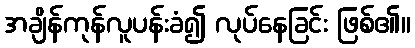
အချိန်ကုန်လူပန်းခံ၍ လုပ်နေခြင်း ဖြစ်၏။